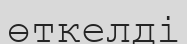
өткелді